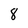
Character: 8